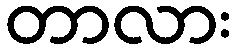
တာလား